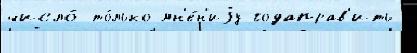
число́ то́лько мн'е́н'иjу годаправ'ить